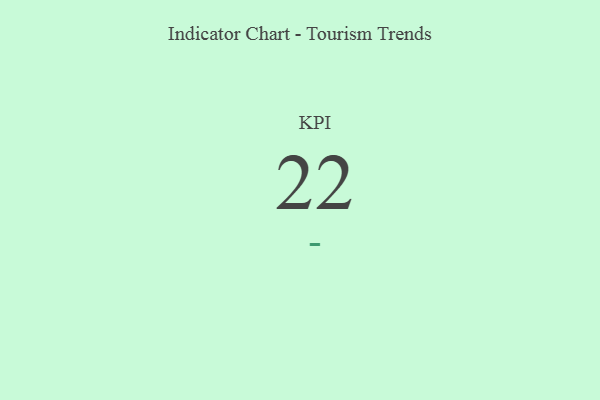
{"axis": {"x": "KPI", "y": "Value"}, "legend": [""], "data": [{"x": "KPI", "y": 22, "type": ""}]}